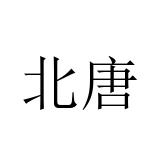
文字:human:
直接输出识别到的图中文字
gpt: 北唐